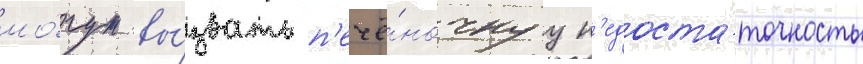
мо́гут вы́звать п'ечё́ночнуу н'едоста́точность